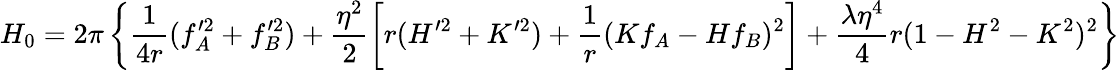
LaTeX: H_{0}=2\pi\left\{ \frac{1}{4r}(f_{A}^{\prime 2}+f_{B}^{\prime 2})+\frac{\eta^{2}}{2}\left[r(H^{\prime 2}+K^{\prime 2})+\frac{1}{r}(Kf_{A}-Hf_{B})^{2}\right]+\frac{\lambda\eta^{4}}{4}r(1-H^{2}-K^{2})^{2}\right\}